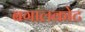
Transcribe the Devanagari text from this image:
बगालकोट